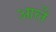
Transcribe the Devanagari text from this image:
आर्ले